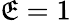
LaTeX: \mathfrak{E}=1